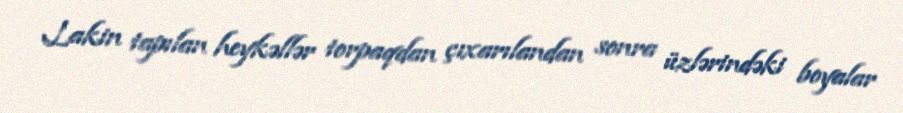
Lakin tapılan heykəllər torpaqdan çıxarılandan sonra üzlərindəki boyalar